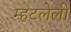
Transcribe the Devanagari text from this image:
म्हटलेली